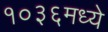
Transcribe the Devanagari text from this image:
१०३६मध्ये